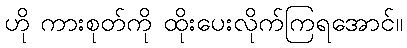
ဟို ကားစုတ်ကို ထိုးပေးလိုက်ကြရအောင်။